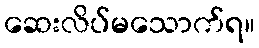
ဆေးလိပ်မသောက်ရ။